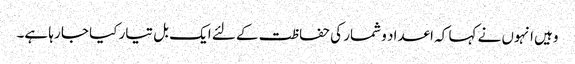
وہیں انہوں نے کہا کہ اعداد و شمار کی حفاظت کے لئے ایک بل تیار کیا جا رہا ہے۔